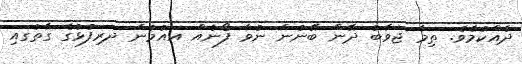
ދެއްކުމެވެ. ތިމާ ޖަވާބު ދޭން ބޭނުން ނުވާ ފޯނެއް އައުމުން ދަރިފުޅުގެ ގާތުގައި